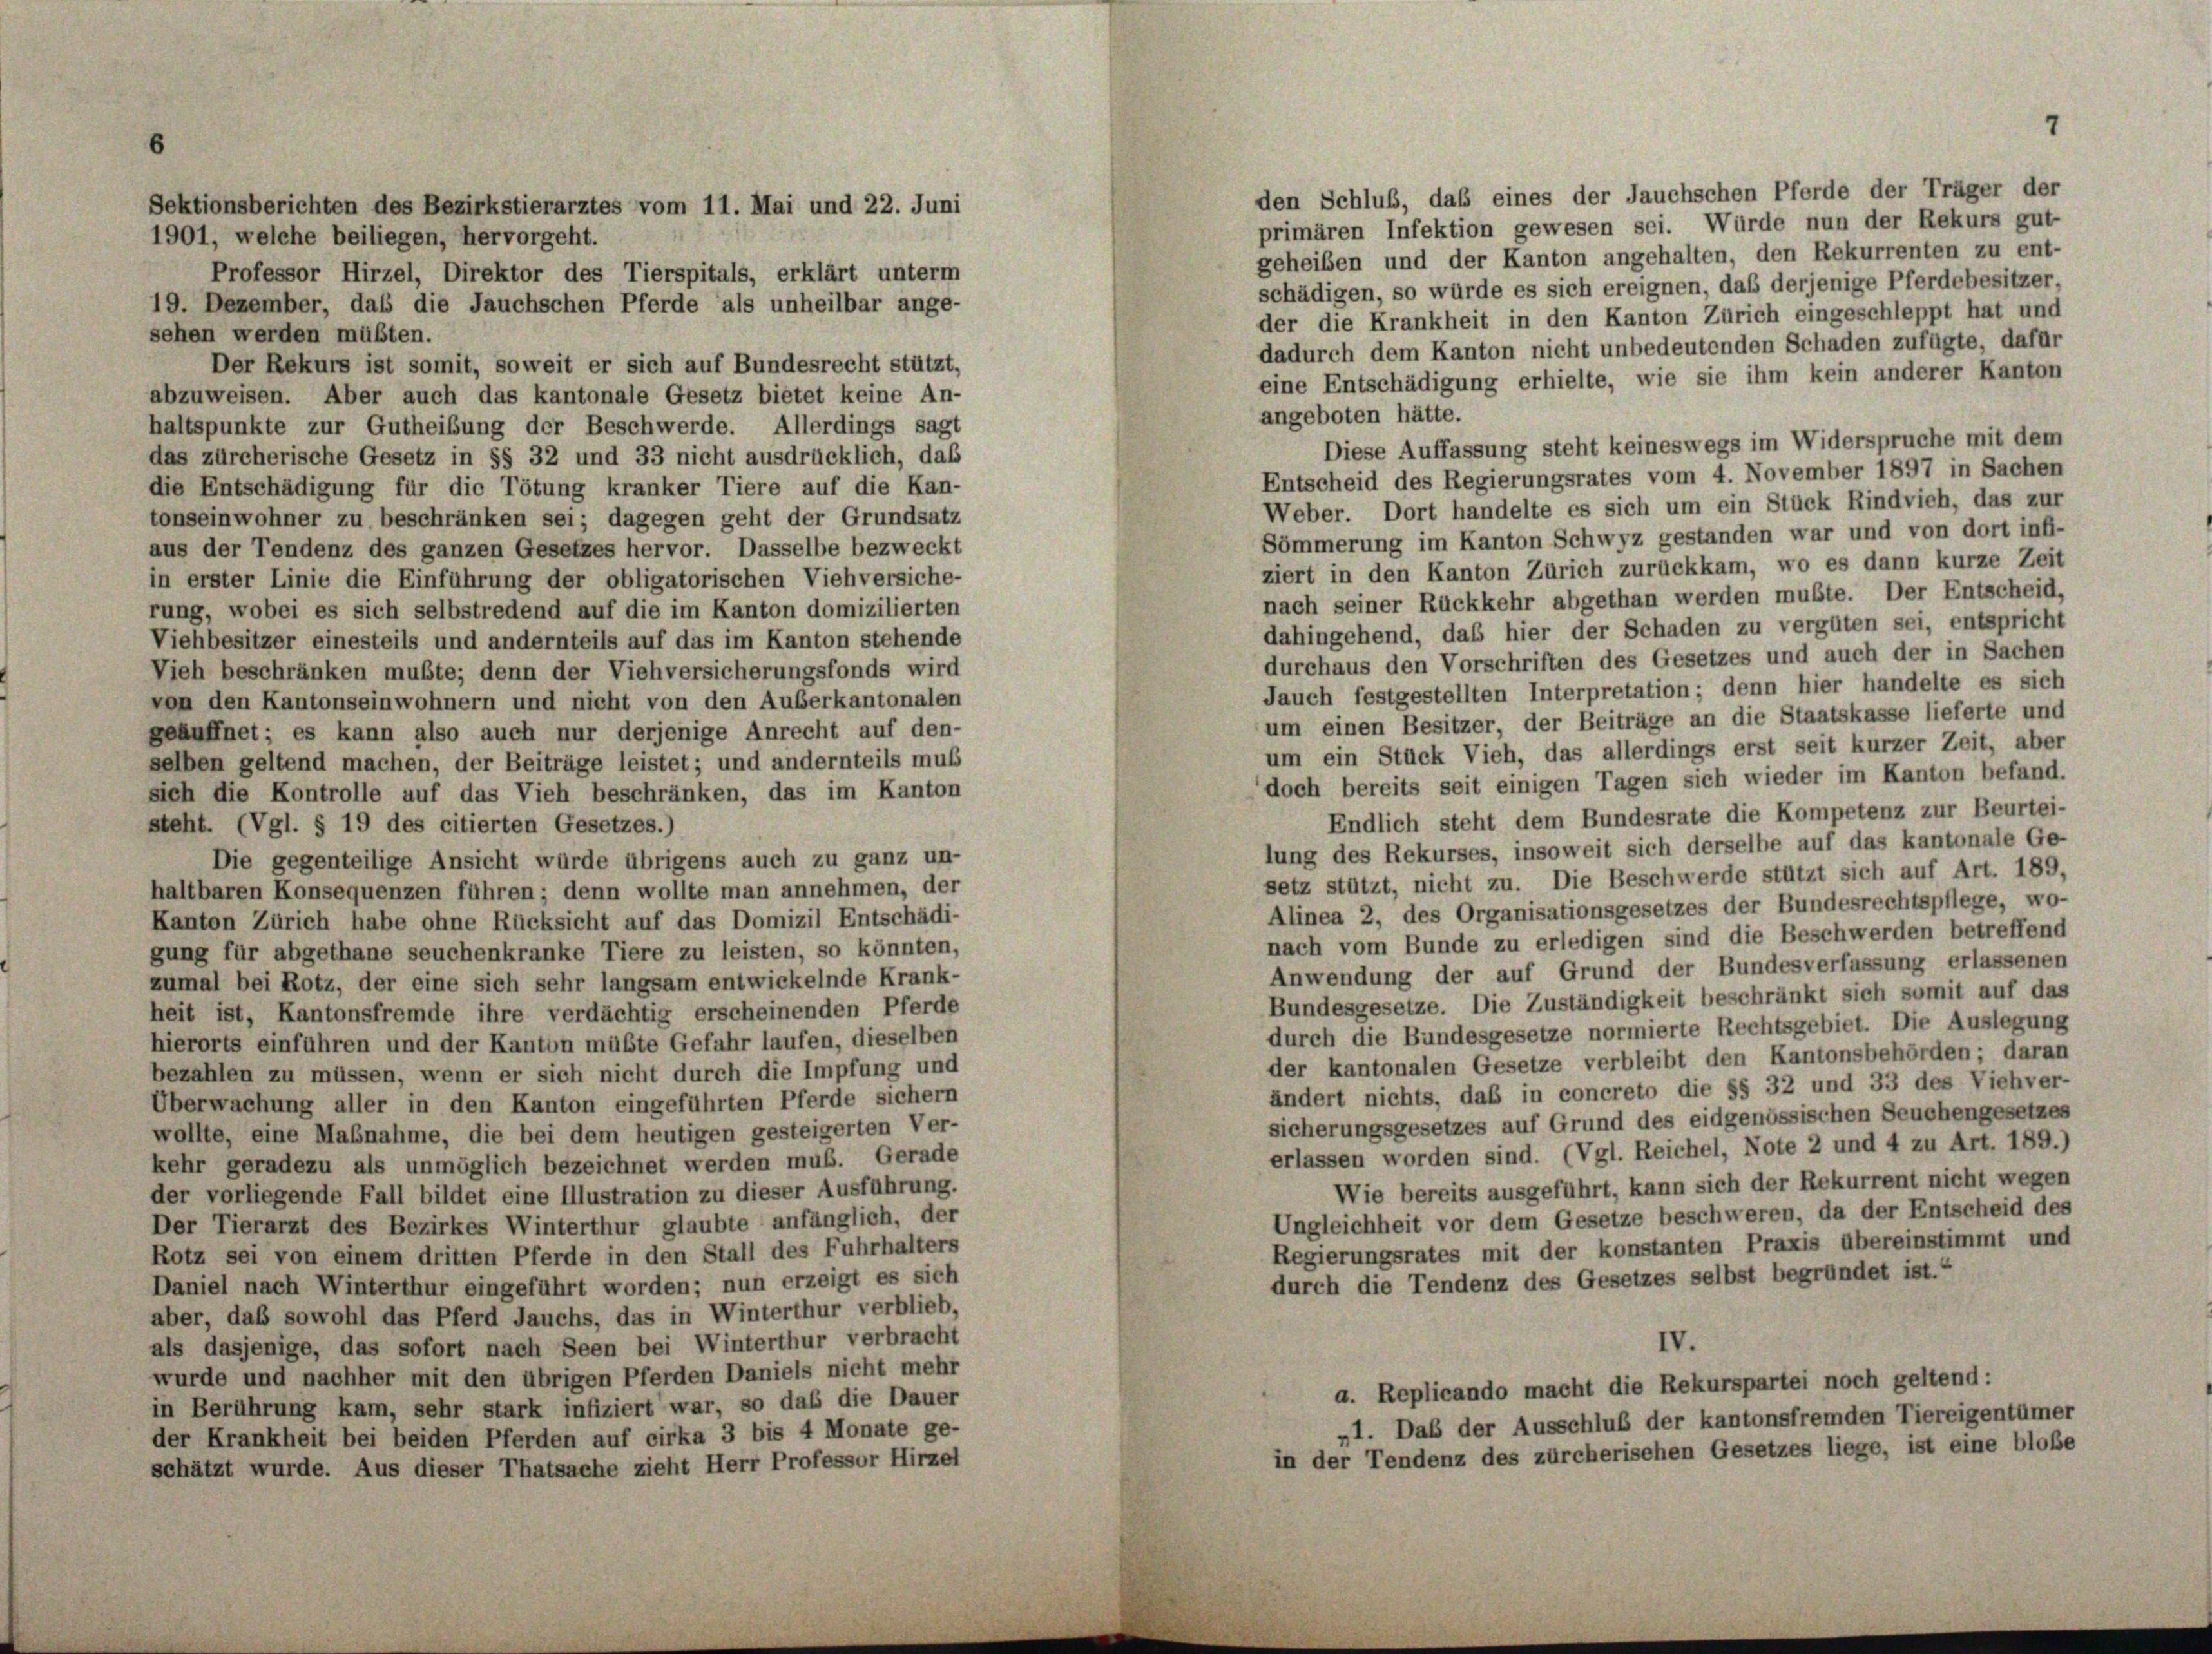
den Schluß, daß eines der Jauchschen Pferde der Träger der
primären Infektion gewesen sei. Würde nun der Rekurs gut
1901, welche beiliegen, hervorgeht.
geheißen und der Kanton angehalten, den Rekurrenten zu ent-
Professor Hirzel, Direktor des Tierspitals, erklärt unterm
schädigen, so würde es sich ereignen, daß derjenige Pferdebesitzer,
19. Dezember, daß die Jauchschen Pferde als unheilbar ange-
der die Krankheit in den Kanton Zürich eingeschleppt hat und
sehen werden müßten.
dadurch dem Kanton nicht unbedeutenden Schaden zufügte, dafür
Der Rekurs ist somit, soweit er sich auf Bundesrecht stützt,
eine Entschädigung erhielte, wie sie ihm kein anderer Kanton
abzuweisen. Aber auch das kantonale Gesetz bietet keine An-
angeboten hätte.
haltspunkte zur Gutheibung der Beschwerde. Allerdings sagt
Diese Auffassung steht keineswegs im Widerspruche mit dem
das zürcherische Gesetz in §§ 32 und 33 nicht ausdrücklich, daß
Entscheid des Regierungsrates vom 4. November 1897 in Sachen
die Entschädigung für die Tötung kranker Tiere auf die Kan-
Weber. Dort handelte es sich um ein Stück Rindvieh, das zur
tonseinwohner zu beschränken sei; dagegen geht der Grundsatz
Sömmerung im Kanton Schwyz gestanden war und von dort infi-
aus der Tendenz des ganzen Gesetzes hervor. Dasselbe bezweckt
ziert in den Kanton Zürich zurückkam, wo es dann kurze Zeit
in erster Linie die Einführung der obligatorischen Viehversiche-
nach seiner Rückkehr abgethan werden mußte. Der Entscheid,
rung, wobei es sich selbstredend auf die im Kanton domizilierten
dahingehend, das hier der Schaden zu vergüten sei, entspricht
Viehbesitzer einesteils und andernteils auf das im Kanton stehende
durchaus den Vorschriften des Gesetzes und auch der in Sachen
Vieh beschränken mußte; denn der Viehversicherungsfonds wird
Jauch festgestellten Interpretation; denn hier handelte es sich
von den Kantonseinwohnern und nicht von den Auberkantonalen
um einen Besitzer, der Beiträge an die Staatskasse lieferte und
geäuffnet; es kann also auch nur derjenige Anrecht auf den-
um ein Stück Vieh, das allerdings erst seit kurzer Zeit, aber
selben geltend machen, der Beiträge leistet; und andernteils muß
doch bereits seit einigen Tagen sich wieder im Kanton befand.
sich die Kontrolle auf das Vieh beschränken, das im Kanton
Endlich steht dem Bundesrate die Kompetenz zur Beurtei-
steht. (Vgl. § 19 des citierten Gesetzes.)
lung des Rekurses, insoweit sich derselbe auf das kantonale Ge-
Die gegenteilige Ansicht würde übrigens auch zu ganz un-
setz stützt, nicht zu. Die Beschwerde stützt sich auf Art. 189,
haltbaren Konsequenzen führen; denn wollte man annehmen, der
Alinea 2, des Organisationsgesetzes der Bundesrechtspflege, wo-
Kanton Zürich habe ohne Rücksicht auf das Domizil Entschädi-
nach vom Bunde zu erledigen sind die Beschwerden betreffend
gung für abgethane seuchenkranke Tiere zu leisten, so könnten,
Anwendung der auf Grund der Bundesverfassung erlassenen
zumal bei Rotz, der eine sich sehr langsam entwickelnde Krank-
Bundesgesetze. Die Zuständigkeit beschränkt sich somit auf das
heit ist, Kantonsfremde ihre verdächtig erscheinenden Pferde
durch die Bundesgesetze normierte Rechtsgebiet. Die Auslegung
hierorts einführen und der Kanton müßte Gefahr laufen, dieselben
der kantonalen Gesetze verbleibt den Kantonsbehörden; daran
bezahlen zu müssen, wenn er sich nicht durch die Impfung und
ändert nichts, daß in concreto die §§ 32 und 33 des Viehver-
Überwachung aller in den Kanton eingeführten Pferde sichern
sicherungsgesetzes auf Grund des eidgenössischen Seuchengesetzes
wollte, eine Maßnahme, die bei dem heutigen gesteigerten Ver-
erlassen worden sind. (Vgl. Reichel, Note 2 und 4 zu Art. 189.)
kehr geradezu als unmöglich bezeichnet werden muß. Gerade
Wie bereits ausgeführt, kann sich der Rekurrent nicht wegen
der vorliegende Fall bildet eine Illustration zu dieser Ausführung.
Ungleichheit vor dem Gesetze beschweren, da der Entscheid des
Der Tierarzt des Bezirkes Winterthur glaubte anfänglich, der
Regierungsrates mit der konstanten Praxis übereinstimmt und
Rotz sei von einem dritten Pferde in den Stall des Fuhrhalters
durch die Tendenz des Gesetzes selbst begründet ist.“
Daniel nach Winterthur eingeführt worden; nun erzeigt es sich
aber, daß sowohl das Pferd Jauchs, das in Winterthur verblieb,
IV.
als dasjenige, das sofort nach Seen bei Winterthur verbracht
wurde und nachher mit den übrigen Pferden Daniels nicht mehr
a. Replicando macht die Rekurspartei noch geltend:
in Berührung kam, sehr stark infiziert war, so das die Dauer
„1. Das der Ausschluß der kantonsfremden Tiereigentümer
der Krankheit bei beiden Pferden auf cirka 3 bis 4 Monate ge-
in der Tendenz des zürcherischen Gesetzes liege, ist eine bloße
schätzt wurde. Aus dieser Thatsache zieht Herr Professor Hirzel

Sektionsberichten des Bezirkstierarztes vom 11. Mai und 22. Juni